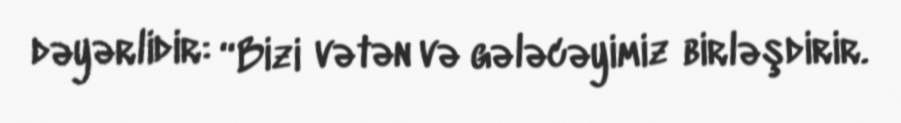
dəyərlidir: “Bizi vətən və gələcəyimiz birləşdirir.